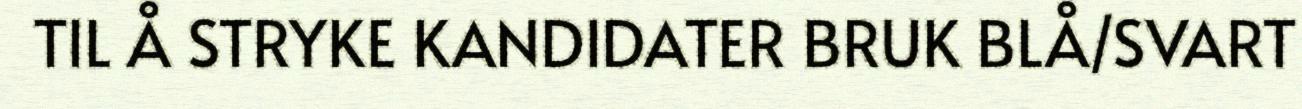
TIL Å STRYKE KANDIDATER BRUK BLÅ/SVART